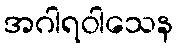
အဂါရဝါသေန